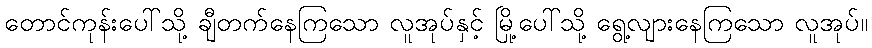
တောင်ကုန်းပေါ်သို့ ချီတက်နေကြသော လူအုပ်နှင့် မြို့ပေါ်သို့ ရွေ့လျားနေကြသော လူအုပ်။